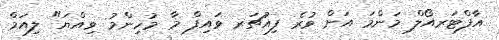
އާފްޓަރއޯލް މަންމަ އަށް ވުރެ ފިއުޗަރ ވައިފް މާ މުހިންމު ވިއްޔަ" ލިއަމް